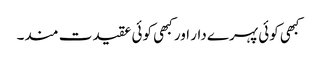
کبھی کوئی پہرے دار اور کبھی کوئی عقیدت مند۔